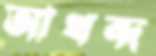
আখন্দ